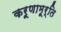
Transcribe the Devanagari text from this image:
करूणामूर्ति